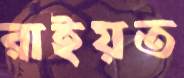
রাইয়ত